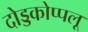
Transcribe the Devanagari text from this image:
दोड्डकोप्पलू